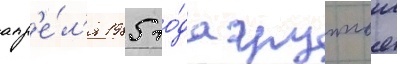
апр'е́л'я 1985 го́да группои